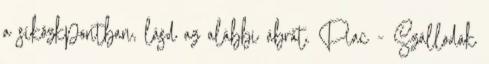
a síközkpontban, lásd az alábbi ábrát. Piac - Szállodák